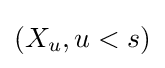
(X_{u},u<s)